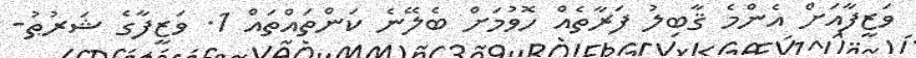
ވަޒީފާއަށް އެންމެ ޤާބިލު ފަރާތެއް ހޮވުމަށް ބެލޭނެ ކަންތައްތައް 1. ވަޒީފާގެ ޝަރުޠު-